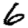
Digit: 6